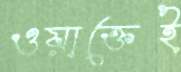
ওয়াক্তেই